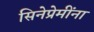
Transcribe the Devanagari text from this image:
सिनेप्रेमींना